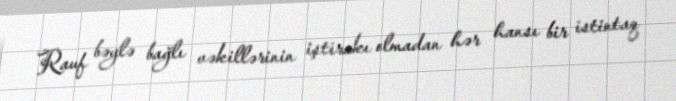
Rauf bəylə bağlı vəkillərinin iştirakı olmadan hər hansı bir istintaq